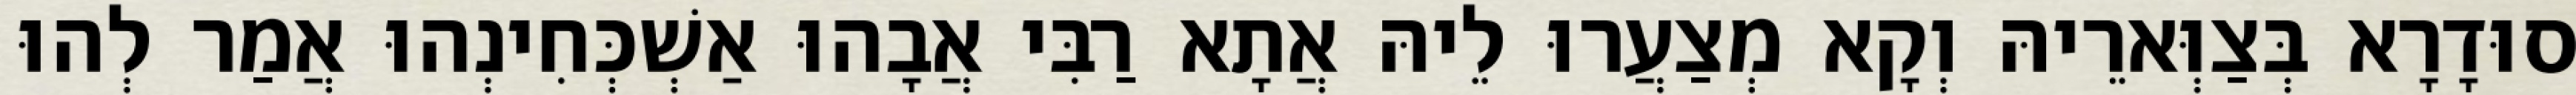
סוּדָרָא בְּצַוְּארֵיהּ וְקָא מְצַעֲרוּ לֵיהּ אֲתָא רַבִּי אֲבָהוּ אַשְׁכְּחִינְהוּ אֲמַר לְהוּ